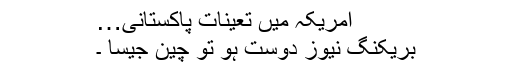
امریکہ میں تعینات پاکستانی…
بریکنگ نیوز دوست ہو تو چین جیسا ۔